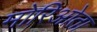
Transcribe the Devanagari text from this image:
मोरिओता